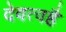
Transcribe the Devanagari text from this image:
देवत्वहै